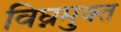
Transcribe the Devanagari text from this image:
विघ्नमुक्त